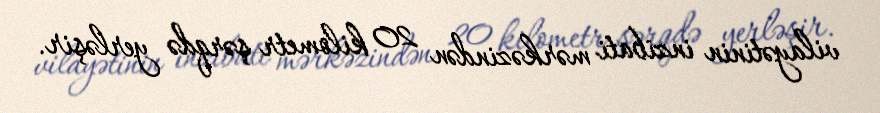
vilayətinin inzibati mərkəzindən 20 kilometr şərqdə yerləşir.